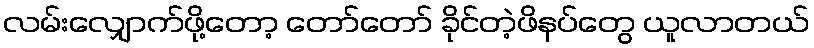
လမ်းလျှောက်ဖို့တော့ တော်တော် ခိုင်တဲ့ဖိနပ်တွေ ယူလာတယ်